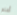
أعلم